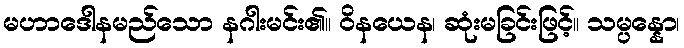
မဟာဒေါနမည်သော နဂါးမင်း၏။ ဝိနယေန၊ ဆုံးမခြင်းဖြင့်။ သမ္ပန္နော၊